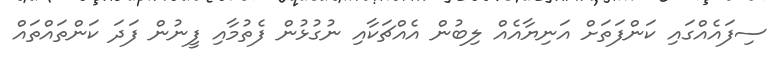
ސިފައެއްގައި ކަންފަތަށް އަނިޔާއެއް ލިބުން އެއްޗަކާއި ނުގުޅުން ފެތުމާއި ފީނުން ފަދަ ކަންތައްތައް